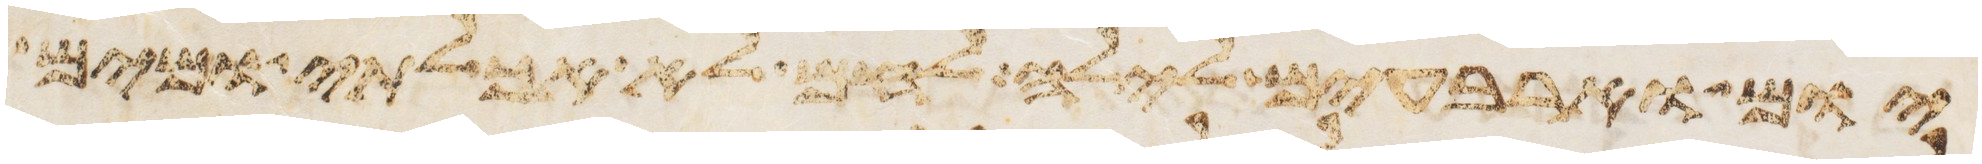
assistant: יום וארבעים לילה לחם לא אכלתי ומים